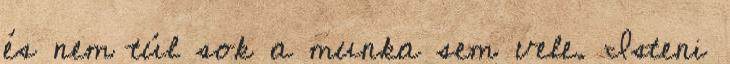
és nem túl sok a munka sem vele. Isteni